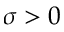
\sigma > 0